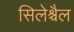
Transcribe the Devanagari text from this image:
सिलेश्चैल